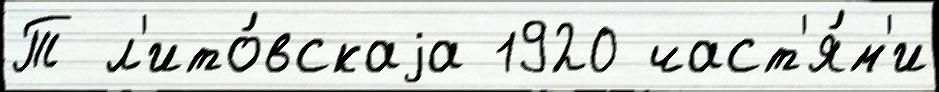
Т л'ито́вскаjа 1920 част'я́м'и